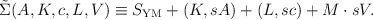
\begin{align*}\tilde{\Sigma}(A, K, c, L, V) \equiv S_{\rm YM} + (K, sA) + (L, sc) + M \cdot sV.\end{align*}